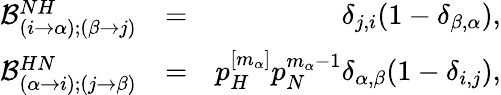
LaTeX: \begin{array}{rlr}{\mathcal{B}_{(i\to\alpha);(\beta\to j)}^{NH}}&{=}&{\delta_{j,i}(1-\delta_{\beta,\alpha}),}\\ {\mathcal{B}_{(\alpha\to i);(j\to\beta)}^{HN}}&{=}&{p_{H}^{[m_{\alpha}]}p_{N}^{m_{\alpha}-1}\delta_{\alpha,\beta}(1-\delta_{i,j}),}\end{array}